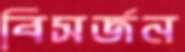
বিসর্জন